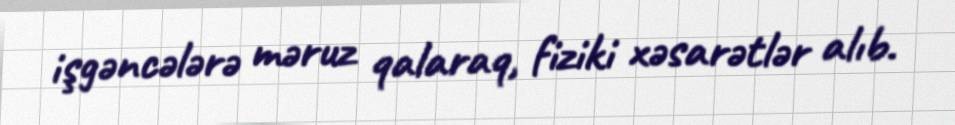
işgəncələrə məruz qalaraq, fiziki xəsarətlər alıb.